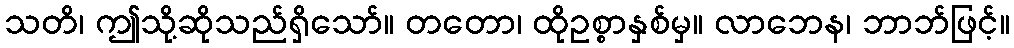
သတိ၊ ဤသို့ဆိုသည်ရှိသော်။ တတော၊ ထိုဥစ္စာနှစ်မှ။ လာဘေန၊ ဘာဘ်ဖြင့်။